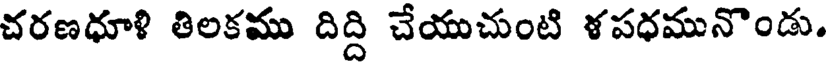
చరణధూళి తిలకము దిద్ది చేయుచుంటి ళపధమునొండు.